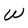
Character: W